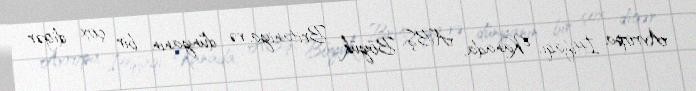
Avropa İttifaqı, Kanada, ABŞ, Böyük Britaniya və dünyanın bir çox digər